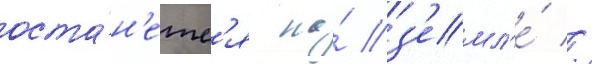
оста́н'етс'я на́ з'емл'е́ //